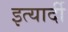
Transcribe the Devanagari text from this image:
इत्यार्दी